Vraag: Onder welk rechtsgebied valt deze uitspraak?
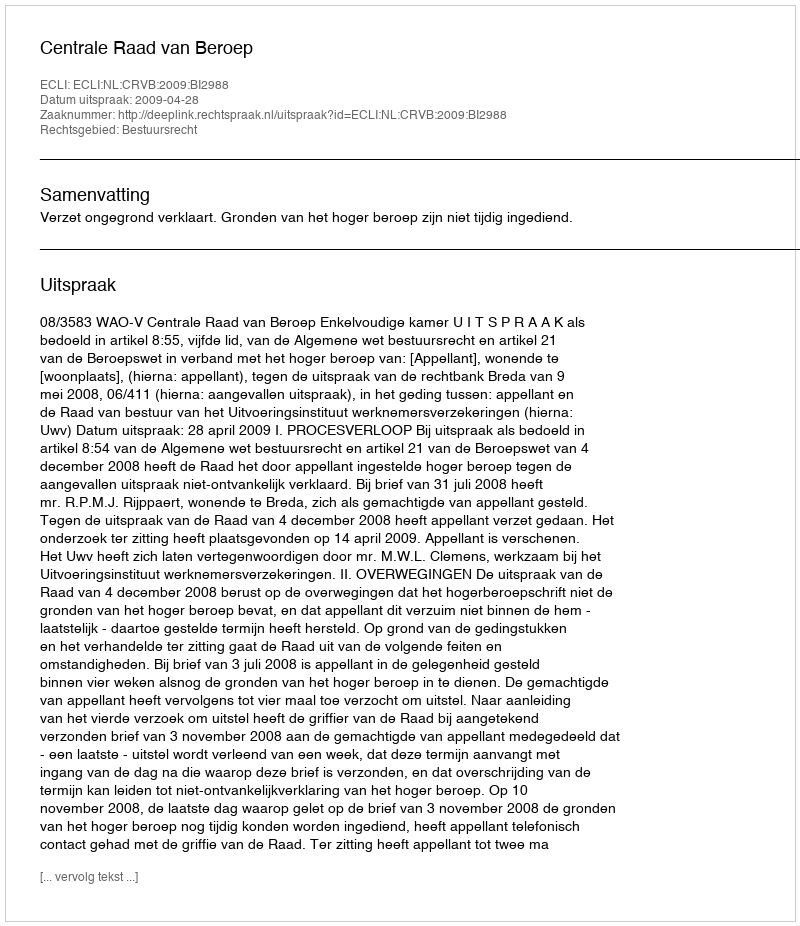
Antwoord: Bestuursrecht